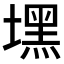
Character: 𱗻